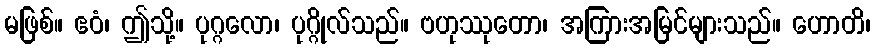
မဖြစ်။ ဧဝံ၊ ဤသို့။ ပုဂ္ဂလော၊ ပုဂ္ဂိုလ်သည်။ ဗဟုဿုတော၊ အကြားအမြင်များသည်။ ဟောတိ၊